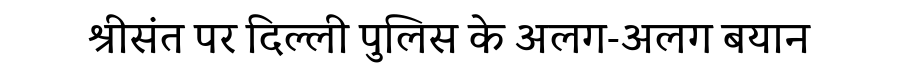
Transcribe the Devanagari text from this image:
श्रीसंत पर दिल्ली पुलिस के अलग-अलग बयान